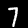
Digit: 7